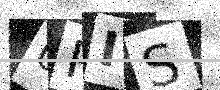
Text: 0RIS